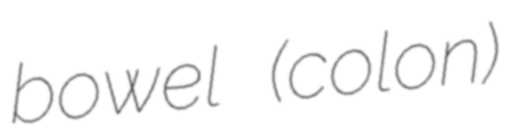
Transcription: bowel (colon)